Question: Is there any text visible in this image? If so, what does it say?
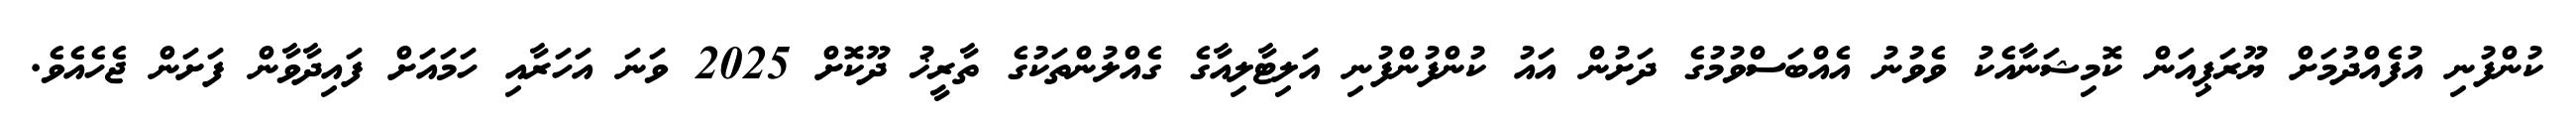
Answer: ކުންފުނި އުފެއްދުމަށް ޔޫރަޕިއަން ކޮމިޝަނާއެކު ވެވުނު އެއްބަސްވުމުގެ ދަށުން އައު ކުންފުންފުނި އަލިޓާލިއާގެ ގެއްލުންތަކުގެ ތާރީޚު ދޫކޮށް 2025 ވަނަ އަހަރާއި ހަމައަށް ފައިދާވާން ފަށަން ޖެހެއެވެ.